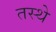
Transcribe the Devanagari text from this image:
तस्थे